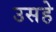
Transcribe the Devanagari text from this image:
उसहे